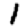
Digit: 1